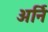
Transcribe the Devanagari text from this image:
अर्नि